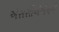
એસસીએએનએ